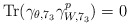
\begin{align*}{\rm Tr} (\gamma_{\theta,7_3} \gamma_{W,7_3}^{p})=0\end{align*}